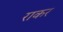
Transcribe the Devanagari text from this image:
राकर